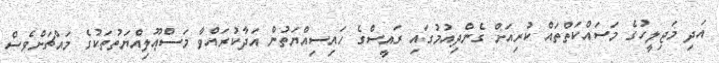
އަދި މަޖިލީހުގެ މަސައްކަތްތައް ކުރިއަށް ގެންދިއުމުގައި ރައީސްގެ ހައިސިއްޔަތުން އަދާކުރައްވާ މަސްޢޫލިއްޔަތުތަކުގެ މައްޗަށްވެސް